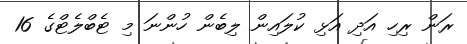
ރަން ރިހި އަދި އަޅި ކުލައިން ލިބެން ހުންނަ މި ޓެބްލެޓްގެ 16